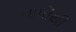
વાપીથી